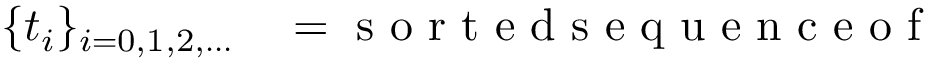
\begin{array} { r l } { \{ t _ { i } \} _ { i = 0 , 1 , 2 , \dots } } & { { } = \mathrm { ~ s ~ o ~ r ~ t ~ e ~ d ~ s ~ e ~ q ~ u ~ e ~ n ~ c ~ e ~ o ~ f ~ } } \end{array}